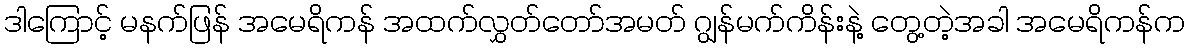
ဒါကြောင့် မနက်ဖြန် အမေရိကန် အထက်လွှတ်တော်အမတ် ဂျွန်မက်ကိန်းနဲ့ တွေ့တဲ့အခါ အမေရိကန်က